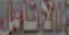
الأنامل